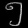
Digit: ၅